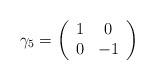
LaTeX: \begin{align*}\gamma_5=\left ( \begin{array}{cc}1&0\\0&-1\end{array} \right )\end{align*}